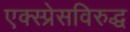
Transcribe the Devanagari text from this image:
एक्स्प्रेसविरुद्ध